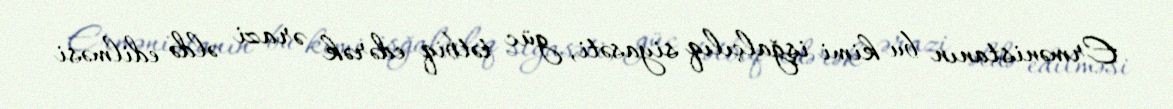
Ermənistanın bu kimi işğalçılıq siyasəti, güc tətbiq edərək ərazi əldə edilməsi